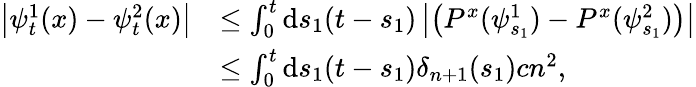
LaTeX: \begin{array}{rl}{\left|\psi_{t}^{1}(x)-\psi_{t}^{2}(x)\right|}&{\leq\int_{0}^{t}\mathrm{d}s_{1}(t-s_{1})\left|\left(P^{x}(\psi_{s_{1}}^{1})-P^{x}(\psi_{s_{1}}^{2})\right)\right|}\\ &{\leq\int_{0}^{t}\mathrm{d}s_{1}(t-s_{1})\delta_{n+1}(s_{1})cn^{2},}\end{array}